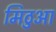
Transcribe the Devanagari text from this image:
मिठुआ